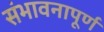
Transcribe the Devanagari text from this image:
संभावनापूर्ण